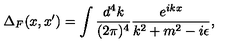
\Delta _ { F } ( x , x ^ { \prime } ) = \int { \frac { d ^ { 4 } k } { ( 2 \pi ) ^ { 4 } } } { \frac { e ^ { i k x } } { k ^ { 2 } + m ^ { 2 } - i \epsilon } } ,